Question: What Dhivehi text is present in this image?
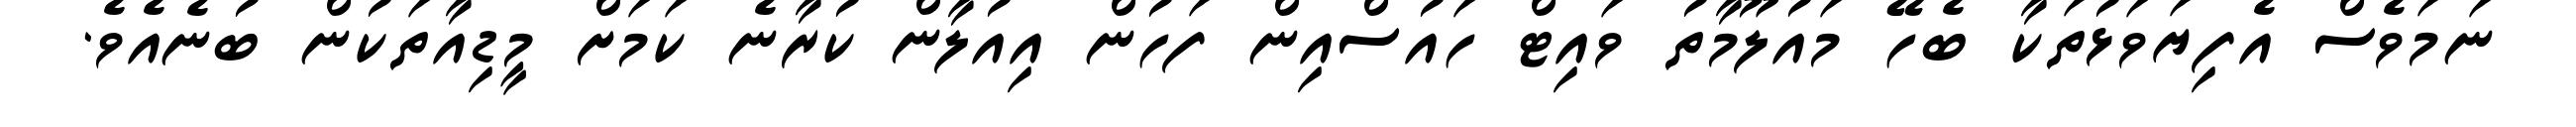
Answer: ނަމަވެސް އެފިޔަވަޅުތަކާ ބެހޭ މައުލޫމާތު ވައިޓް ހައުސްއިން ފަހުން އިއުލާން ކުރާނެ ކަމަށް މީޑިއާތަކުން ބުނެއެވެ.